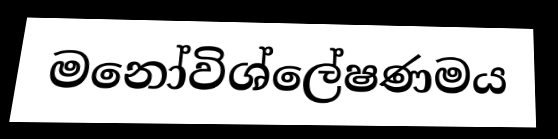
මනෝවිශ්ලේෂණමය